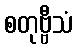
စတုဗ္ဗီသံ